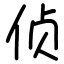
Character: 侦